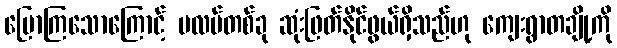
ပြောကြသောကြောင့် ပလပ်တစ်ခု ဆုံးဖြတ်နိုင်ဖွယ်ရှိသည်ဟု ကျေးရွာတချို့ကို